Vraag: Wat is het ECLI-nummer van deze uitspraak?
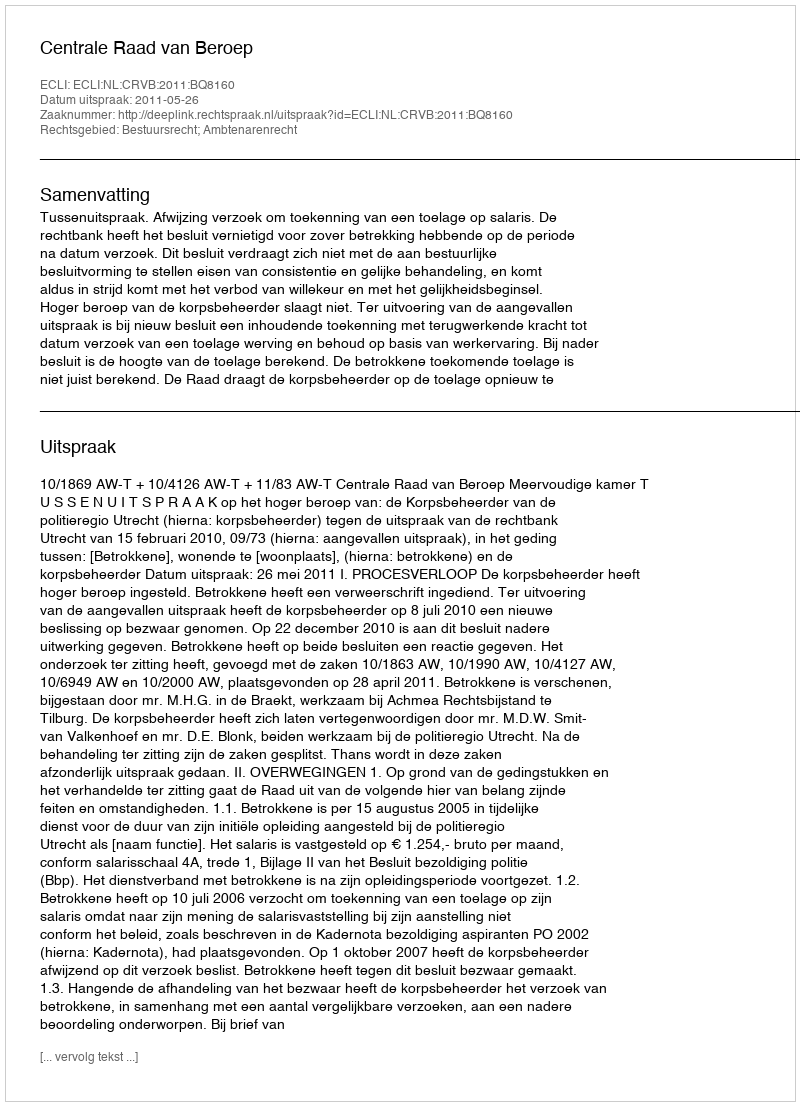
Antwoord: ECLI:NL:CRVB:2011:BQ8160